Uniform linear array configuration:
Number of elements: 24
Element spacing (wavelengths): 0.5
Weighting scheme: binomial
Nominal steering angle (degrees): -45
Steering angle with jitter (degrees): -43.137
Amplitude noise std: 0.05
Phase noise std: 0.05

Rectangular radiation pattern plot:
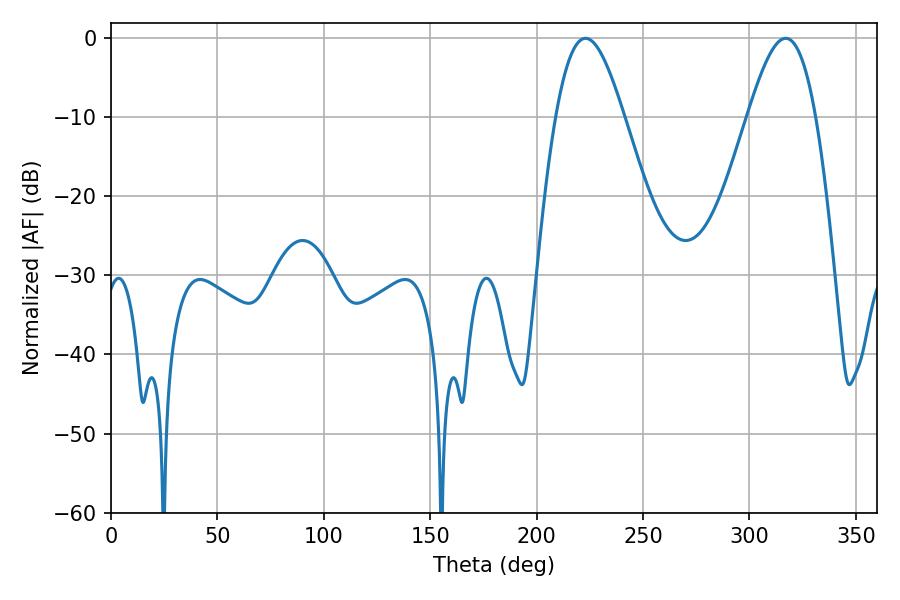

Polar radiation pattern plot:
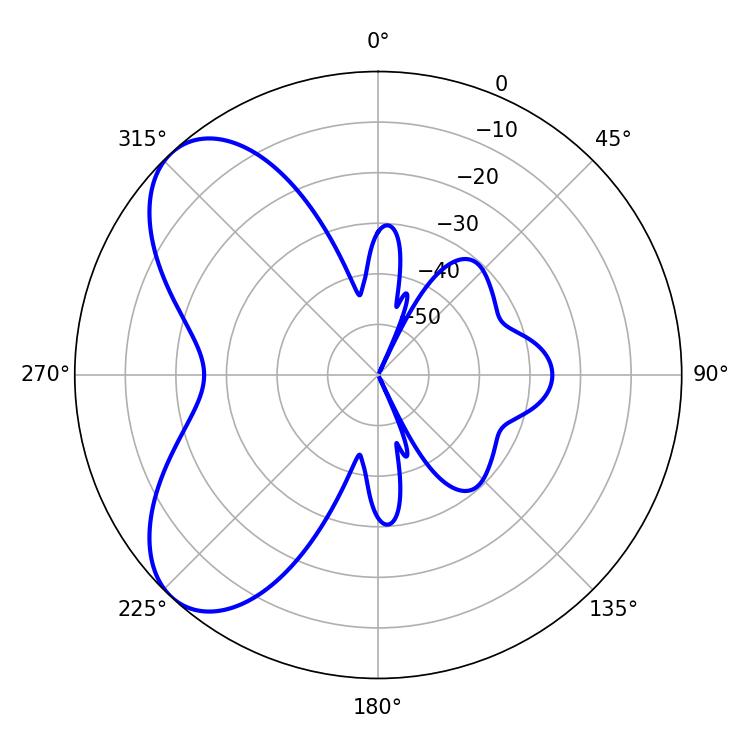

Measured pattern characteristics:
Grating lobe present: FALSE
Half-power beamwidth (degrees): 17.28
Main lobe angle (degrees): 223.02